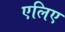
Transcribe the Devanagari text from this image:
एलिए